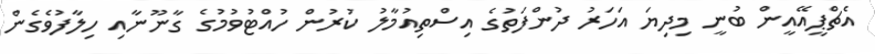
އެޗްޕީއޭއީން ބުނީ މިދިޔަ އަހަރު ދުންފަތުގެ އިސްތިއުމާލު ކުރުން ހުއްޓުވުމުގެ ގާނޫނާއި ހިލާފުވެގެން